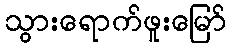
သွားရောက်ဖူးမြော်